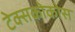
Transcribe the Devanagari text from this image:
टेक्सकोकोस